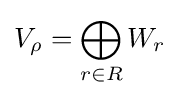
V_{\rho }=\bigoplus _{r\in R}W_{r}